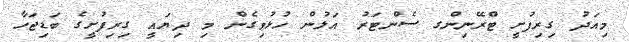
މިއަދު ގިރިފުށީ ޓްރޭނިންގ ސެންޓަރު އަލުން ހުޅުވިގެން މި ދިޔައީ ގިރިފުށީގެ ބަޑިޖަހާ